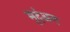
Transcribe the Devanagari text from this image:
मृदंअग